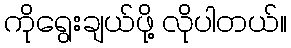
ကိုရွေးချယ်ဖို့ လိုပါတယ်။